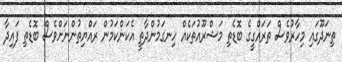
ތިނަދޫގައި މިހާރުވެސް ތަރައްގީގެ ބޮޑެތި މަޝްރޫއުތަކެއް ހިނގަމުންދާތީ އެކަންކަމުން ރައްޔިތުންނަށްވެސް ބޮޑެތި ފައިދާ